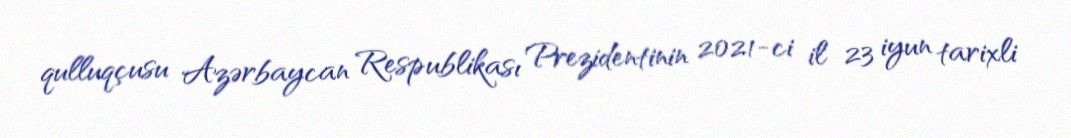
qulluqçusu Azərbaycan Respublikası Prezidentinin 2021-ci il 23 iyun tarixli